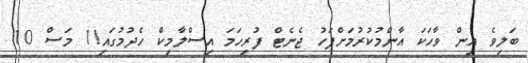
ބަލިވެ އިން ވާހަކަ އާންމުކުރުމަށްފަހު ޖެނެޓް ފުރިހަމަ އިސްލާމިކް ހެދުމުގައި!1 މަސް 10